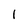
Character: 1